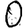
Digit: 0